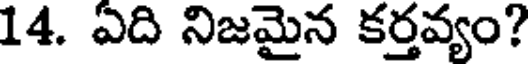
14. ఏది నిజమైన కర్తవ్యం?